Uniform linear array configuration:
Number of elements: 32
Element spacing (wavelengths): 0.5
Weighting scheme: kaiser
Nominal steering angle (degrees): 30
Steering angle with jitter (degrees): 28.329
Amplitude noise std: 0.05
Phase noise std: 0.05

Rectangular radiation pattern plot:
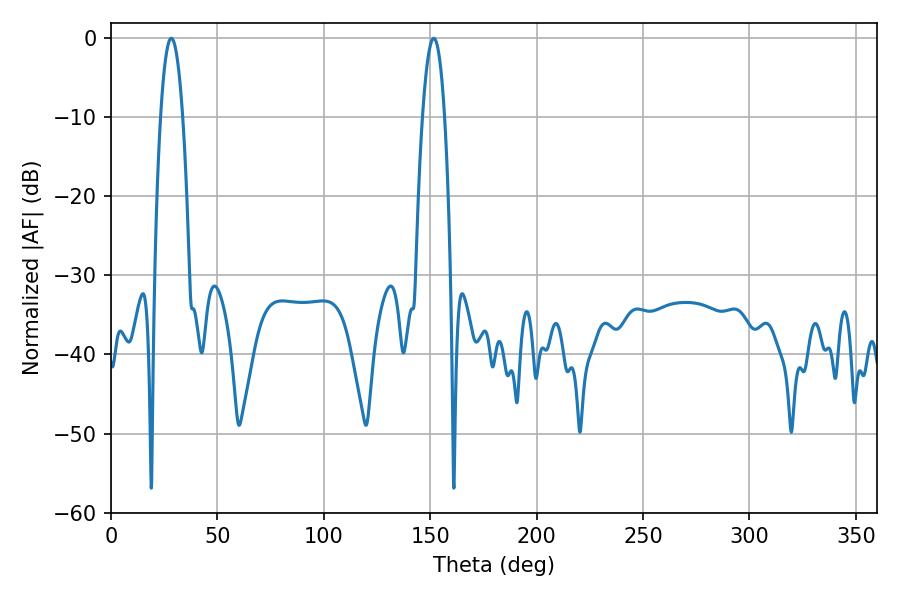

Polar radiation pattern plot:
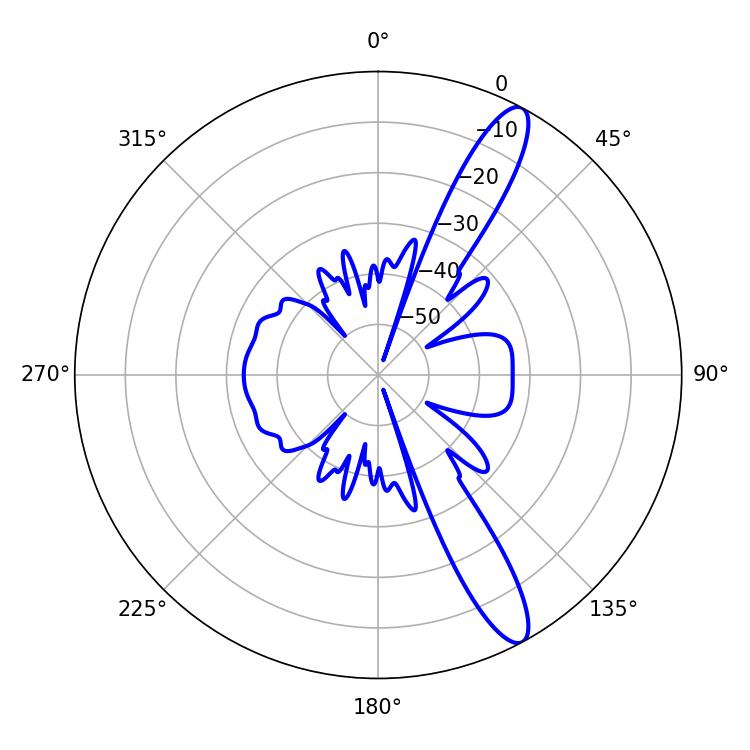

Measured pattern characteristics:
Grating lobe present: FALSE
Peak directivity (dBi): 12.896
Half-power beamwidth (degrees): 5.76
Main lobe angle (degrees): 28.26